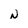
Character: N